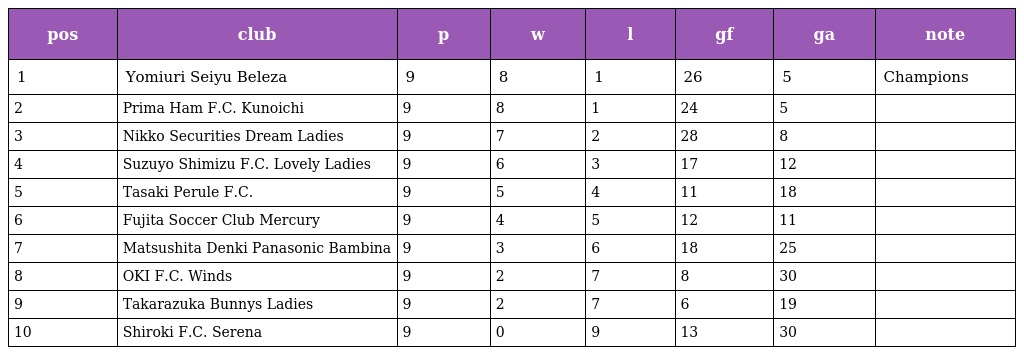
| pos | club | p | w | l | gf | ga | note |
 | --- | --- | --- | --- | --- | --- | --- | --- |
 | 1 | Yomiuri Seiyu Beleza | 9 | 8 | 1 | 26 | 5 | Champions |
 | 2 | Prima Ham F.C. Kunoichi | 9 | 8 | 1 | 24 | 5 |  |
 | 3 | Nikko Securities Dream Ladies | 9 | 7 | 2 | 28 | 8 |  |
 | 4 | Suzuyo Shimizu F.C. Lovely Ladies | 9 | 6 | 3 | 17 | 12 |  |
 | 5 | Tasaki Perule F.C. | 9 | 5 | 4 | 11 | 18 |  |
 | 6 | Fujita Soccer Club Mercury | 9 | 4 | 5 | 12 | 11 |  |
 | 7 | Matsushita Denki Panasonic Bambina | 9 | 3 | 6 | 18 | 25 |  |
 | 8 | OKI F.C. Winds | 9 | 2 | 7 | 8 | 30 |  |
 | 9 | Takarazuka Bunnys Ladies | 9 | 2 | 7 | 6 | 19 |  |
 | 10 | Shiroki F.C. Serena | 9 | 0 | 9 | 13 | 30 |  |